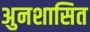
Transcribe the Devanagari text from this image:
अुनशासित